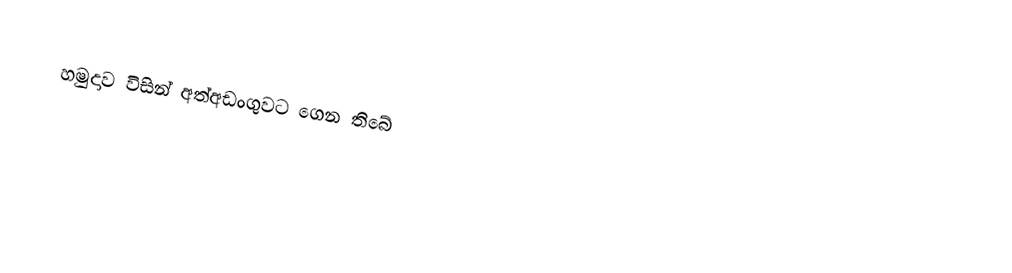
හමුදාව විසින් අත්අඩංගුවට ගෙන තිබේ